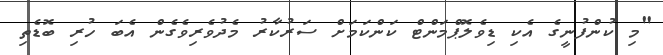
"މި ކުންފުނީގެ އެކި ޑިވެލޮޕްމަންޓް ކަންކަމަށް ސަރުކާރު މެދުވެރިވެގެން އެބަ ހުރި ބޮޑެތި